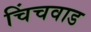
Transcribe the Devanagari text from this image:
चिंचवाड